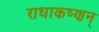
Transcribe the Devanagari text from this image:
राधाकष्णन्